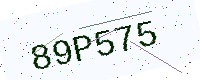
Text: 89P575